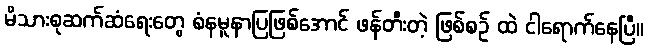
မိသားစုဆက်ဆံရေးတွေ စံနမူနာပြဖြစ်အောင် ဖန်တီးတဲ့ ဖြစ်စဉ် ထဲ ငါရောက်နေပြီ။